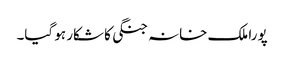
پورا ملک خانہ جنگی کا شکار ہو گیا۔